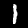
Digit: 1